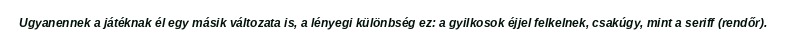
Ugyanennek a játéknak él egy másik változata is, a lényegi különbség ez: a gyilkosok éjjel felkelnek, csakúgy, mint a seriff (rendőr).